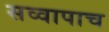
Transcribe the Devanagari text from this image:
सव्वापाच